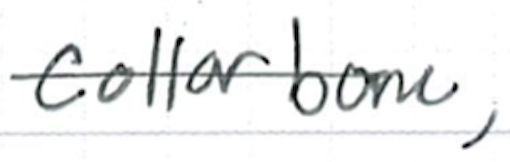
Text: collarbone,
Cross-out: single-line
Writing tool: ballpoint